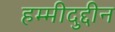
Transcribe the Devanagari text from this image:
हम्मीदुद्दीन